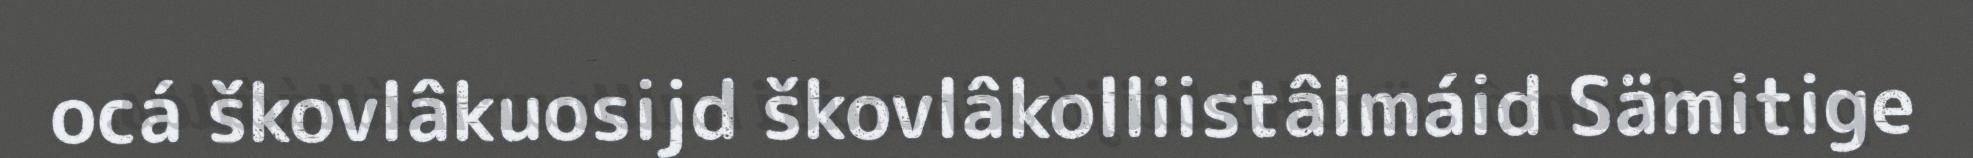
ocá škovlâkuosijd škovlâkolliistâlmáid Sämitige